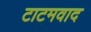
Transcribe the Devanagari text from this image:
टाटमवाद